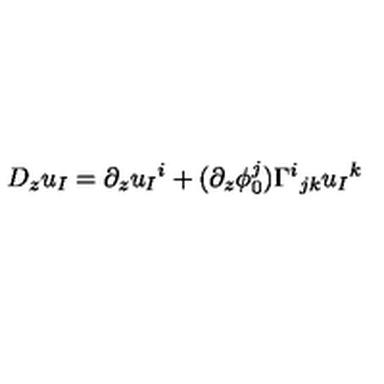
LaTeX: D _ { z } u _ { I } = \partial _ { z } u _ { I } { } ^ { i } + ( \partial _ { z } \phi _ { 0 } ^ { j } ) \Gamma ^ { i } { } _ { j k } u _ { I } { } ^ { k }